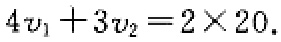
\(4v_{1}+3v_{2}=2\times 20\)